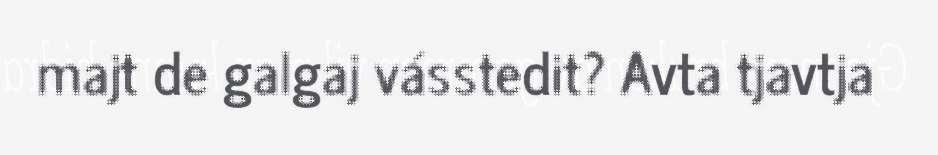
majt de galgaj vásstedit? Avta tjavtja